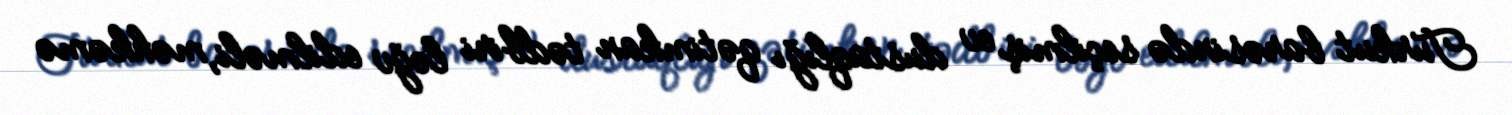
Turkut barəsində seçilmiş ev dustaqlığı qətimkan tədbiri ləğv edilməli, məhkəmə